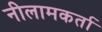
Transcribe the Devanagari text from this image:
नीलामकर्ता